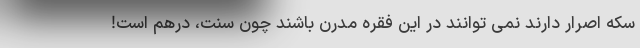
سکه اصرار دارند نمی توانند در این فقره مدرن باشند چون سنت، درهم است!